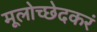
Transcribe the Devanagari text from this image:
मूलोच्छेदकरं